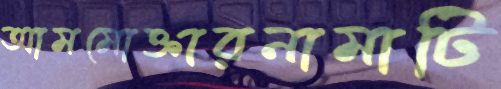
আমমোক্তারনামাটি